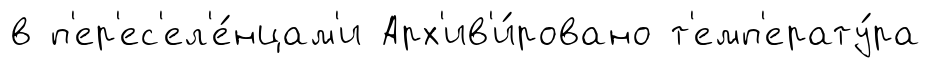
в п'ер'ес'ел'е́нцам'и Арх'ив'и́ровано т'емп'ерату́ра